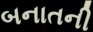
બનાતની